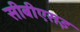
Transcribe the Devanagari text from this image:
सीबीएसइ